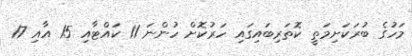
މަހުގެ ބުރަކަށިމަތީ ކޮތަރިބައިގައި ހަރުކޮށް ހުންނަ 11 ކައްޓާއި 15 އާއި 17